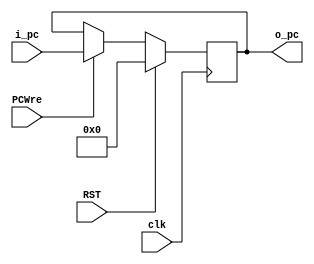
`timescale 1ns / 1ps
//////////////////////////////////////////////////////////////////////////////////
// Company: 
// Engineer: 
// 
// Design Name: 
// Module Name:    PC 
// Project Name: 
// Target Devices: 
// Tool versions: 
// Description: 
//
// Dependencies: 
//
// Revision: 
// Revision 0.01 - File Created
// Additional Comments: 
//
//////////////////////////////////////////////////////////////////////////////////
module PC(
    input clk, PCWre, RST,
    input [31:0] i_pc,
    output reg [31:0] o_pc
    );
    always @(negedge clk) begin //pcWreRST
        if(RST) o_pc <= 0;
        else if(PCWre) o_pc <= i_pc;
    end
endmodule